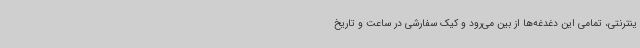
ینترنتی، تمامی این دغدغه‌ها از بین می‌رود و کیک سفارشی در ساعت و تاریخ